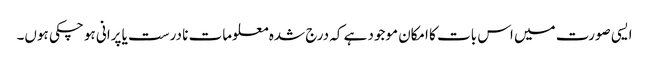
ایسی صورت میں اس بات کا امکان موجود ہے کہ درج شدہ معلومات نا درست یا پرانی ہو چکی ہوں۔